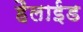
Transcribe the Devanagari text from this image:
हैलाईड